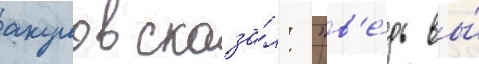
акулов сказа́л: "в'е́дь вы́